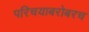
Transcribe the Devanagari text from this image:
परिचयाबरोबरच